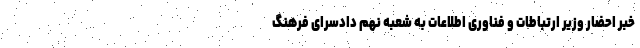
خبر احضار وزیر ارتباطات و فناوری اطلاعات به شعبه نهم دادسرای فرهنگ